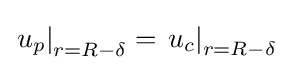
\left.u_{p}\right|_{r=R-\delta }=\left.u_{c}\right|_{r=R-\delta }